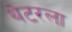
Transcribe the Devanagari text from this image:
थेटरला